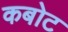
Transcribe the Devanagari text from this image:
कबोट